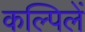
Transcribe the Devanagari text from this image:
कल्पिलें